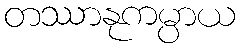
တဿာနုကမ္ပာယ